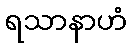
ရသာနာဟံ